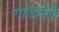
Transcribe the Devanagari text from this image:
गाडलेले